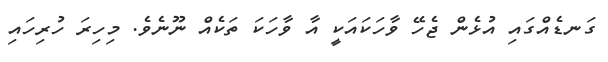
ގަނޑެއްގައި އުޅެން ޖެހޭ ވާހަކައަކީ އާ ވާހަކަ ތަކެއް ނޫނެވެ. މިހިރަ ހުރިހައި